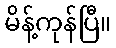
မိန့်ကုန်ပြီ။